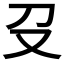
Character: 𠬛